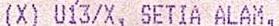
(X) U13/X, SETIA ALAM,